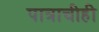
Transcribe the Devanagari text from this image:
पात्राचीही